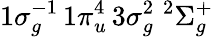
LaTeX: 1\sigma_{g}^{-1}\, 1\pi_{u}^{4}\, 3\sigma_{g}^{2}\; {^2}\Sigma_{g}^{+}